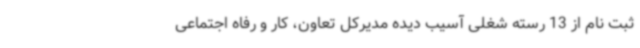
ثبت نام از 13 رسته شغلی آسیب دیده مدیرکل تعاون، کار و رفاه اجتماعی